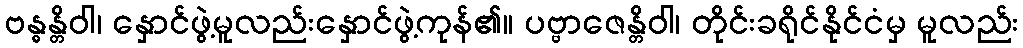
ဗန္ဓန္တိဝါ၊ နှောင်ဖွဲ့မူလည်းနှောင်ဖွဲ့ကုန်၏။ ပဗ္ဗာဇေန္တိဝါ၊ တိုင်းခရိုင်နိုင်ငံမှ မူလည်း